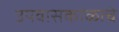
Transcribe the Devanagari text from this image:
उपवासकाळाचे